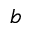
b